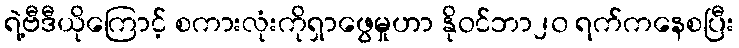
ရဲ့ဗီဒီယိုကြောင့် စကားလုံးကိုရှာဖွေမှုဟာ နိုဝင်ဘာ၂၀ ရက်ကနေစပြီး